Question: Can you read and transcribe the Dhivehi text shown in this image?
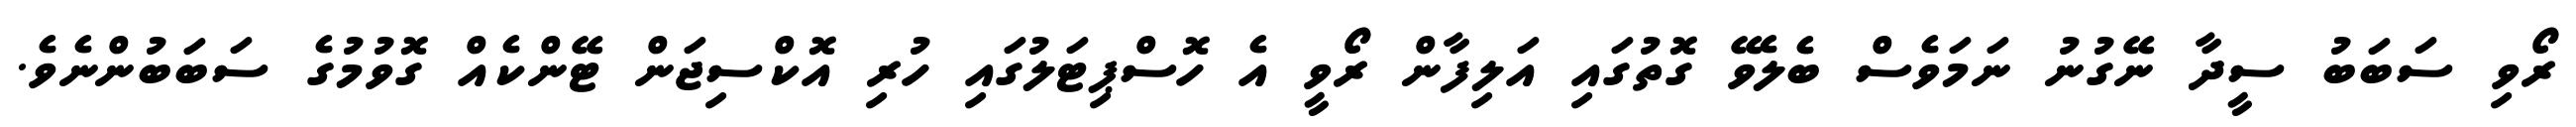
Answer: ރޯވި ސަބަބު ސީދާ ނޭގުނު ނަމަވެސް ބެލެވޭ ގޮތުގައި އަލިފާން ރޯވީ އެ ހޮސްޕިޓަލުގައި ހުރި އޮކްސިޖަން ޓޭންކެއް ގޮވުމުގެ ސަބަބުންނެވެ.